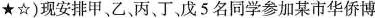
★☆)现安排甲、乙、丙、丁，戊5名同学参加某市华侨博